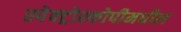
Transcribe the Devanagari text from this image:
स्पेक्ट्रोस्कोपीमधील